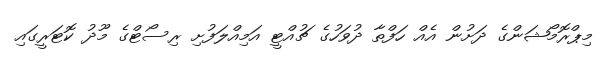
މިޕްރޮމޯޝަންގެ ދަށުން އެއް ހަފްތާ ދުވަހުގެ ޗުއްޓީ އަމިއްލަފުށި ރިސޯޓްގެ މޫދު ކޮޓަރީގައި